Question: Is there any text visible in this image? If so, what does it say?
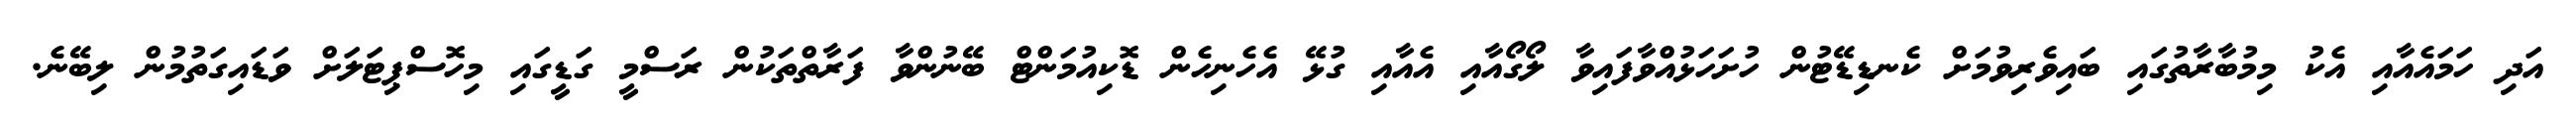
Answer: އަދި ހަމައެއާއި އެކު މިމުބާރާތުގައި ބައިވެރިވުމަށް ކެނޑިޑޭޓުން ހުށަހަޅުއްވާފައިވާ ލޯގޯއާއި އެއާއި ގުޅޭ އެހެނިހެން ޑޮކިއުމަންޓް ބޭނުންވާ ފަރާތްތަކުން ރަސްމީ ގަޑީގައި މިހޮސްޕިޓަލަށް ވަޑައިގަތުމުން ލިބޭނެ.